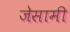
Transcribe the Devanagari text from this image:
जेसामी